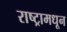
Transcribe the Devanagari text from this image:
राष्ट्रामधून